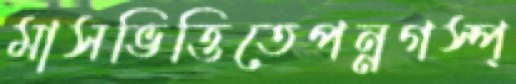
মাসভিত্তিতেপন্নগস্প্